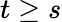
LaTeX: t\ge s